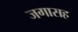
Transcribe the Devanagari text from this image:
जगासह